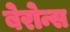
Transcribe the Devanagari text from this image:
बेरोन्स